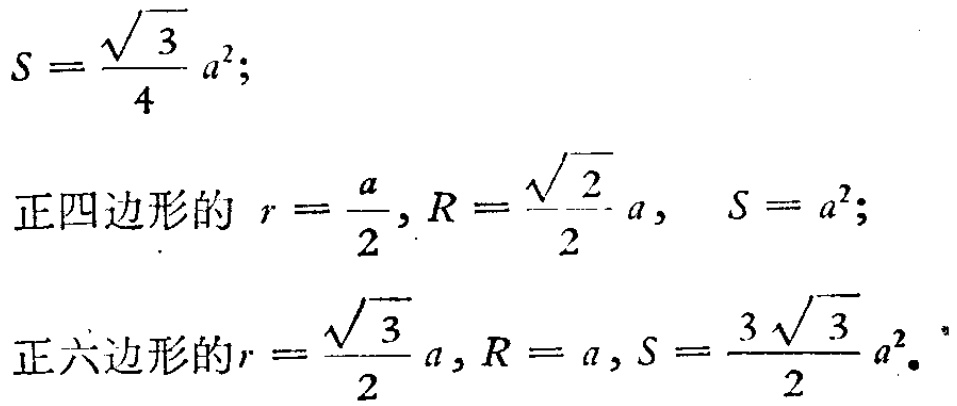
\[
S = \frac{\sqrt{3}}{4}a^{2};
\]
正四边形的 \(r = \frac{a}{2}, R = \frac{\sqrt{2}}{2}a, \ S = a^{2};
\]
正六边形的\(r = \frac{\sqrt{3}}{2}a, R = a, S = \frac{3\sqrt{3}}{2}a^{2}.\)